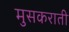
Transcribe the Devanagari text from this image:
मुसकराती